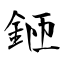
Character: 鉔